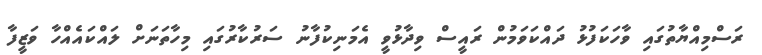
ރަސްމިއްޔާތުގައި ވާހަކަފުޅު ދައްކަވަމުން ރައީސް ވިދާޅުވީ އެމަނިކުފާނު ސަރުކާރުގައި މިހާތަނަށް ލައްކައެއްހާ ވަޒީފާ